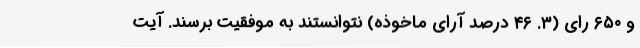
و ۶۵۰ رای (۳. ۴۶ درصد آرای ماخوذه) نتوانستند به موفقیت برسند. آیت